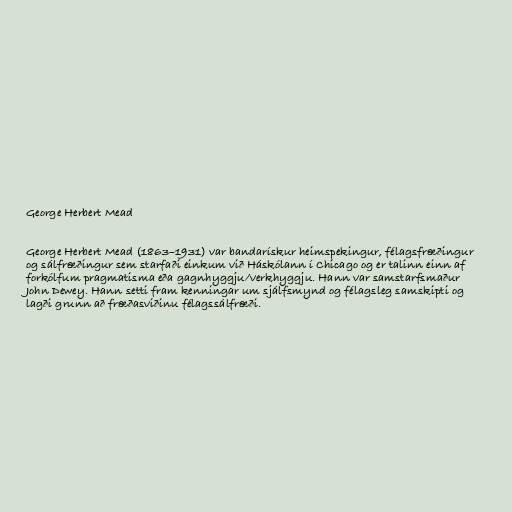
George Herbert Mead

George Herbert Mead (1863–1931) var bandarískur heimspekingur, félagsfræðingur
og sálfræðingur sem starfaði einkum við Háskólann í Chicago og er talinn einn af
forkólfum pragmatisma eða gagnhyggju/verkhyggju. Hann var samstarfsmaður
John Dewey. Hann setti fram kenningar um sjálfsmynd og félagsleg samskipti og
lagði grunn að fræðasviðinu félagssálfræði.